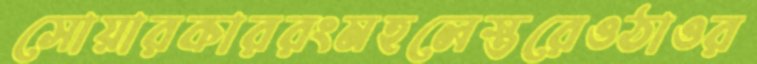
সোয়ারকাররংমহলেস্তরেওঠাওর